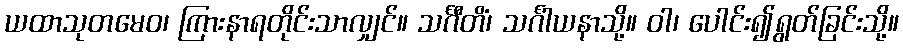
ယထာသုတမေဝ၊ ကြားနာရတိုင်းသာလျှင်။ သင်္ဂီတိံ၊ သင်္ဂါယနာသို့။ ဝါ၊ ပေါင်း၍ရွတ်ခြင်းသို့။